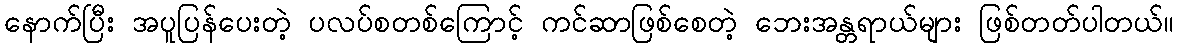
နောက်ပြီး အပူပြန်ပေးတဲ့ ပလပ်စတစ်ကြောင့် ကင်ဆာဖြစ်စေတဲ့ ဘေးအန္တရာယ်များ ဖြစ်တတ်ပါတယ်။